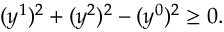
( y ^ { 1 } ) ^ { 2 } + ( y ^ { 2 } ) ^ { 2 } - ( y ^ { 0 } ) ^ { 2 } \geq 0 .